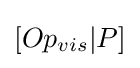
[Op_{vis}|P]